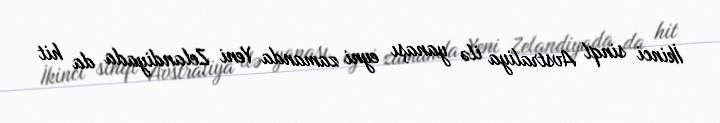
İkinci sinql Avstraliya ilə yanaşı eyni zamanda Yeni Zelandiyada da hit